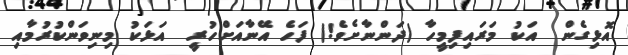
އޮޅިގެން  އަކު މަރައިފިމީހާ (ދަންނާށެވެ!) ފަހެ އޭނާއަށްހުރީ  އަޅަކު މިނިވަންކުރުމާއި